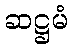
ဆဋ္ဌမံ